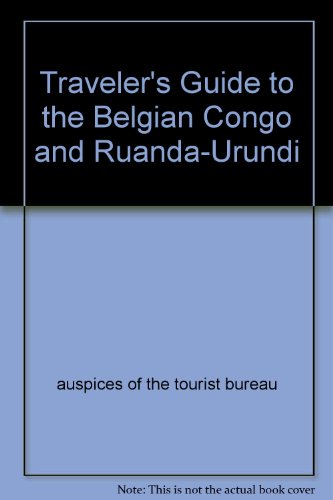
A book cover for Traveler's Guide to the Belgian Congo and Ruanda-Urundi; auspices of the tourist bureau; Travel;